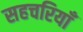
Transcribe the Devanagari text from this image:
सहचरियाँ